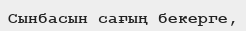
Сынбасын сағың бекерге,